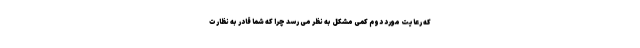
که رعایت مورد دوم کمی مشکل به نظر می رسد چرا که شما قادر به نظارت